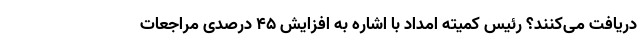
دریافت می‌کنند؟ رئیس کمیته امداد با اشاره به افزایش ۴۵ درصدی مراجعات